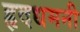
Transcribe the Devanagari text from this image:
हृदधमनी